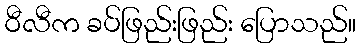
ဝီလီက ခပ်ဖြည်းဖြည်း ပြောသည်။